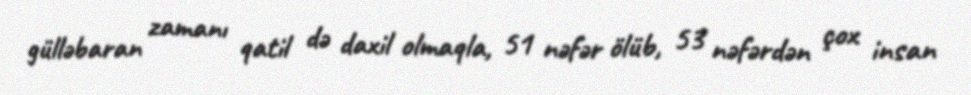
gülləbaran zamanı qatil də daxil olmaqla, 51 nəfər ölüb, 53 nəfərdən çox insan